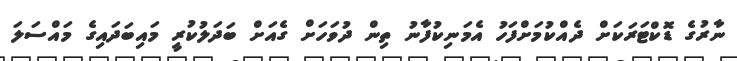
ނާރުގެ ޑޮކްޓަރަކަށް ދެއްކުމަށްފަހު އެމަނިކުފާނު ތިން ދުވަހަށް ގެއަށް ބަދަލުކުރީ މައިބަދައިގެ މައްސަލަ